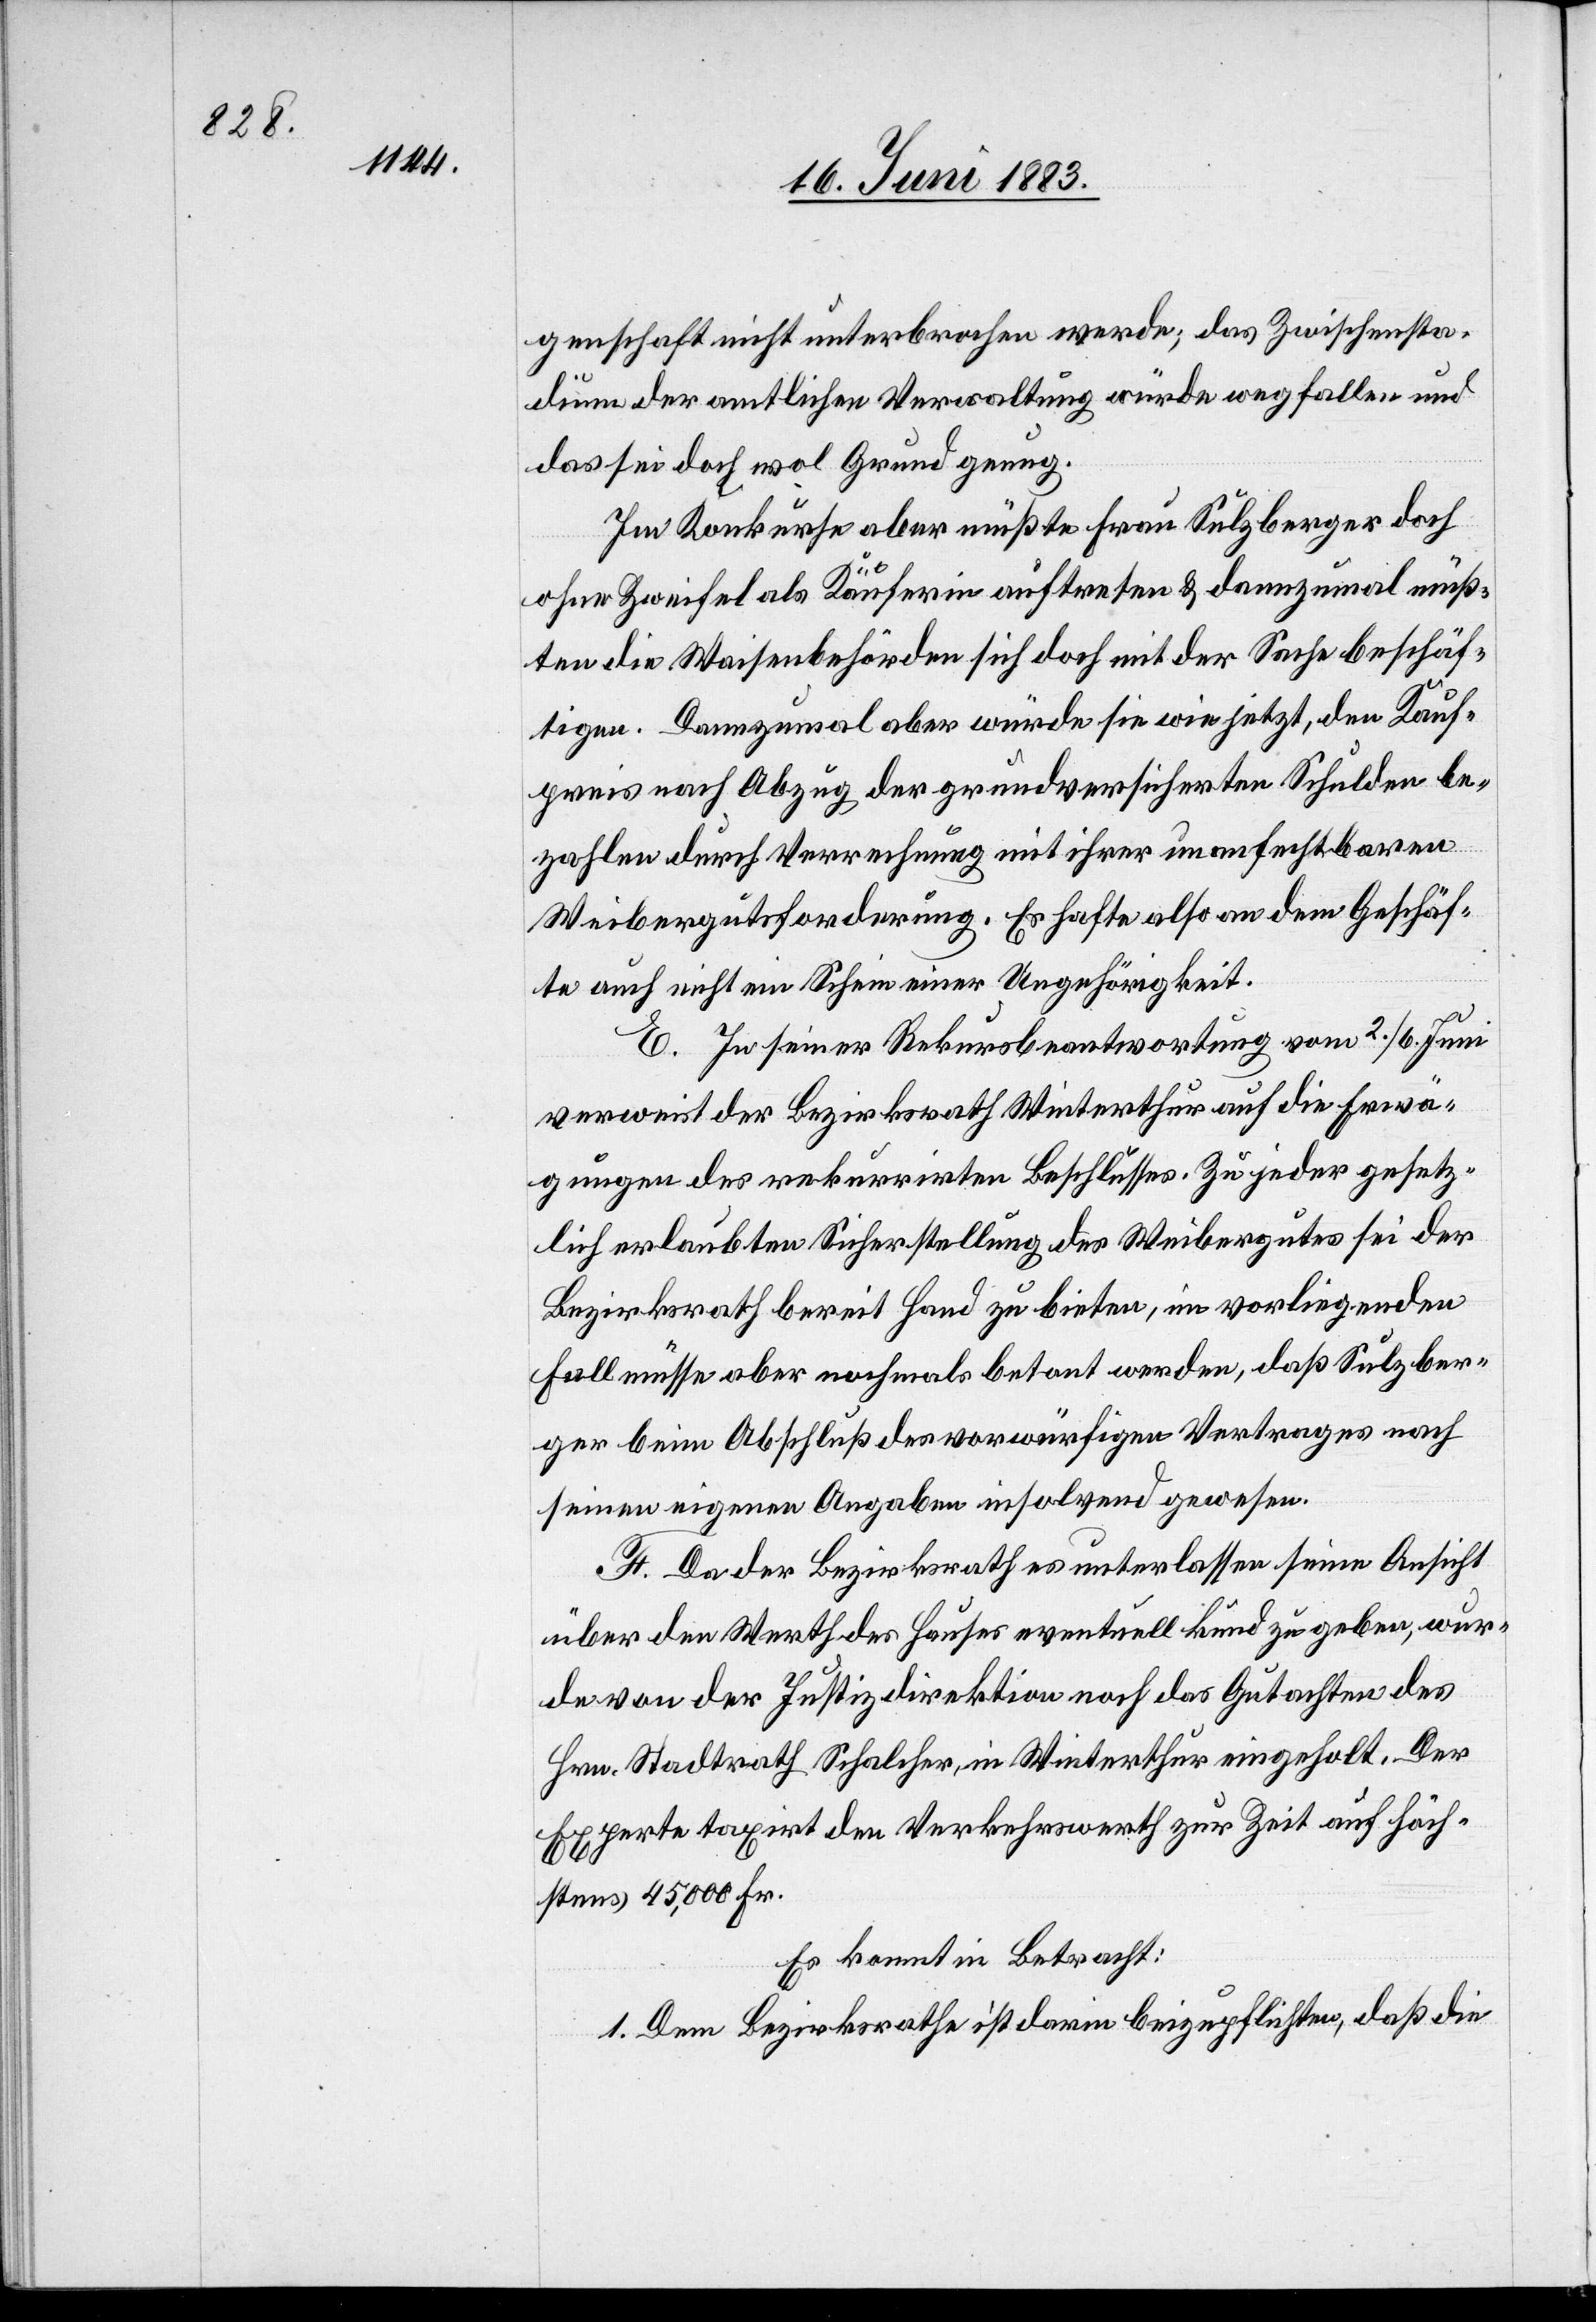
genschaft nicht unterbrochen werde; das Zwischensta¬
dium der amtlichen Verwaltung würde gefallen und
das sei doch wol Grund genug.
Im Konkurse aber müßte Frau Sulzberger doch
ohne Zweifel als Käuferin auftreten & dannzumal müß¬
ten die Waisenbehörden sich doch mit der Sache beschäf¬
tigen. Dannzumal aber würde sie wie jetzt, den Kauf¬
preis nach Abzug der grundversicherten Schulden be¬
zahlen durch Vermehrung mit ihrer unanfechtbaren
Weibergutsforderung. Es hafte also an dem Geschäf¬
te auch nicht ein Schein einer Ungehörigkeit.
E. In seiner Rekursbeantwortung vom 2./6. Juni
verweist der Bezirksrath Winterthur auf die Erwä¬
gungen des rekurrirten Beschlusses. Zu jeder gesetz¬
lich erlaubten Sicherstellung des Weibergutes sei der
Bezirksrath bereit Hand zu bieten, im vorliegenden
Fall müsse aber nochmals betont werden, daß Sulzber¬
ger beim Abschluß des vorwürfigen Vertrages nach
seinen eigenen Angaben insolvend gewesen.
F. Da der Bezirksrath es unterlassen seine Ansicht
über den Werth des Hauses eventuell kund zu geben, wur¬
de von der Justizdirektion noch das Gutachten des
Hrn. Stadtrath Schalcher, in Winterthur eingeholt. Der
Experte taxirt den Verkehrswerth zur Zeit auf höch¬
stens 45,000 Fr.
Es kommt in Betracht:
1. Dem Bezirksrathe ist darin beizupflichten, daß die